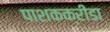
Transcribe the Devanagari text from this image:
पाशकक्रीडा